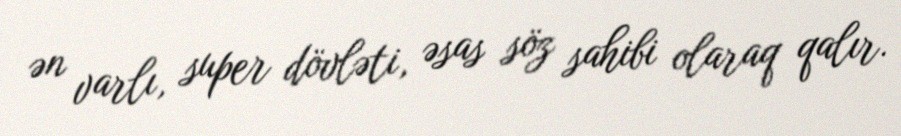
ən varlı, super dövləti, əsas söz sahibi olaraq qalır.